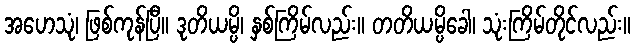
အဟေသုံ၊ ဖြစ်ကုန်ပြီ။ ဒုတိယမ္ပိ၊ နှစ်ကြိမ်လည်း။ တတိယမ္ပိခေါ၊ သုံးကြိမ်တိုင်လည်း။